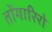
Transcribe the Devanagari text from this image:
तोंगारिरो